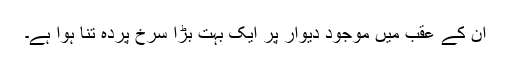
ان کے عقب میں موجود دیوار پر ایک بہت بڑا سرخ پردہ تنا ہوا ہے۔